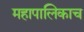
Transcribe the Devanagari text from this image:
महापालिकाच